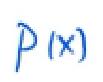
\(P(x)\)